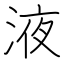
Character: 液